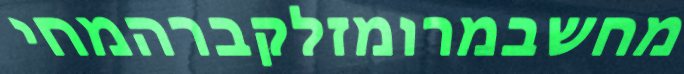
מחשבמרומזלקברהמחי